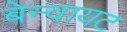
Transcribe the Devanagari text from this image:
बेन्वायट